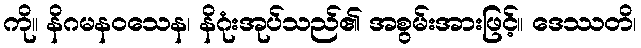
ကို။ နိဂမနဝသေန၊ နိဂုံးအုပ်သည်၏ အစွမ်းအားဖြင့်။ ဒေဿတိ၊